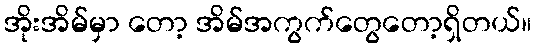
အိုးအိမ်မှာ တော့ အိမ်အကွက်တွေတော့ရှိတယ်။